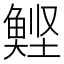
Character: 𮫹